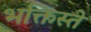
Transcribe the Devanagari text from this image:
भक्तिस्ते